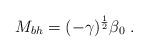
LaTeX: \begin{align*}M_{bh} = (- \gamma)^{\frac{1}{2}} \beta_0 \; .\end{align*}